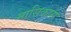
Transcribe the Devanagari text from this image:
मासिकास